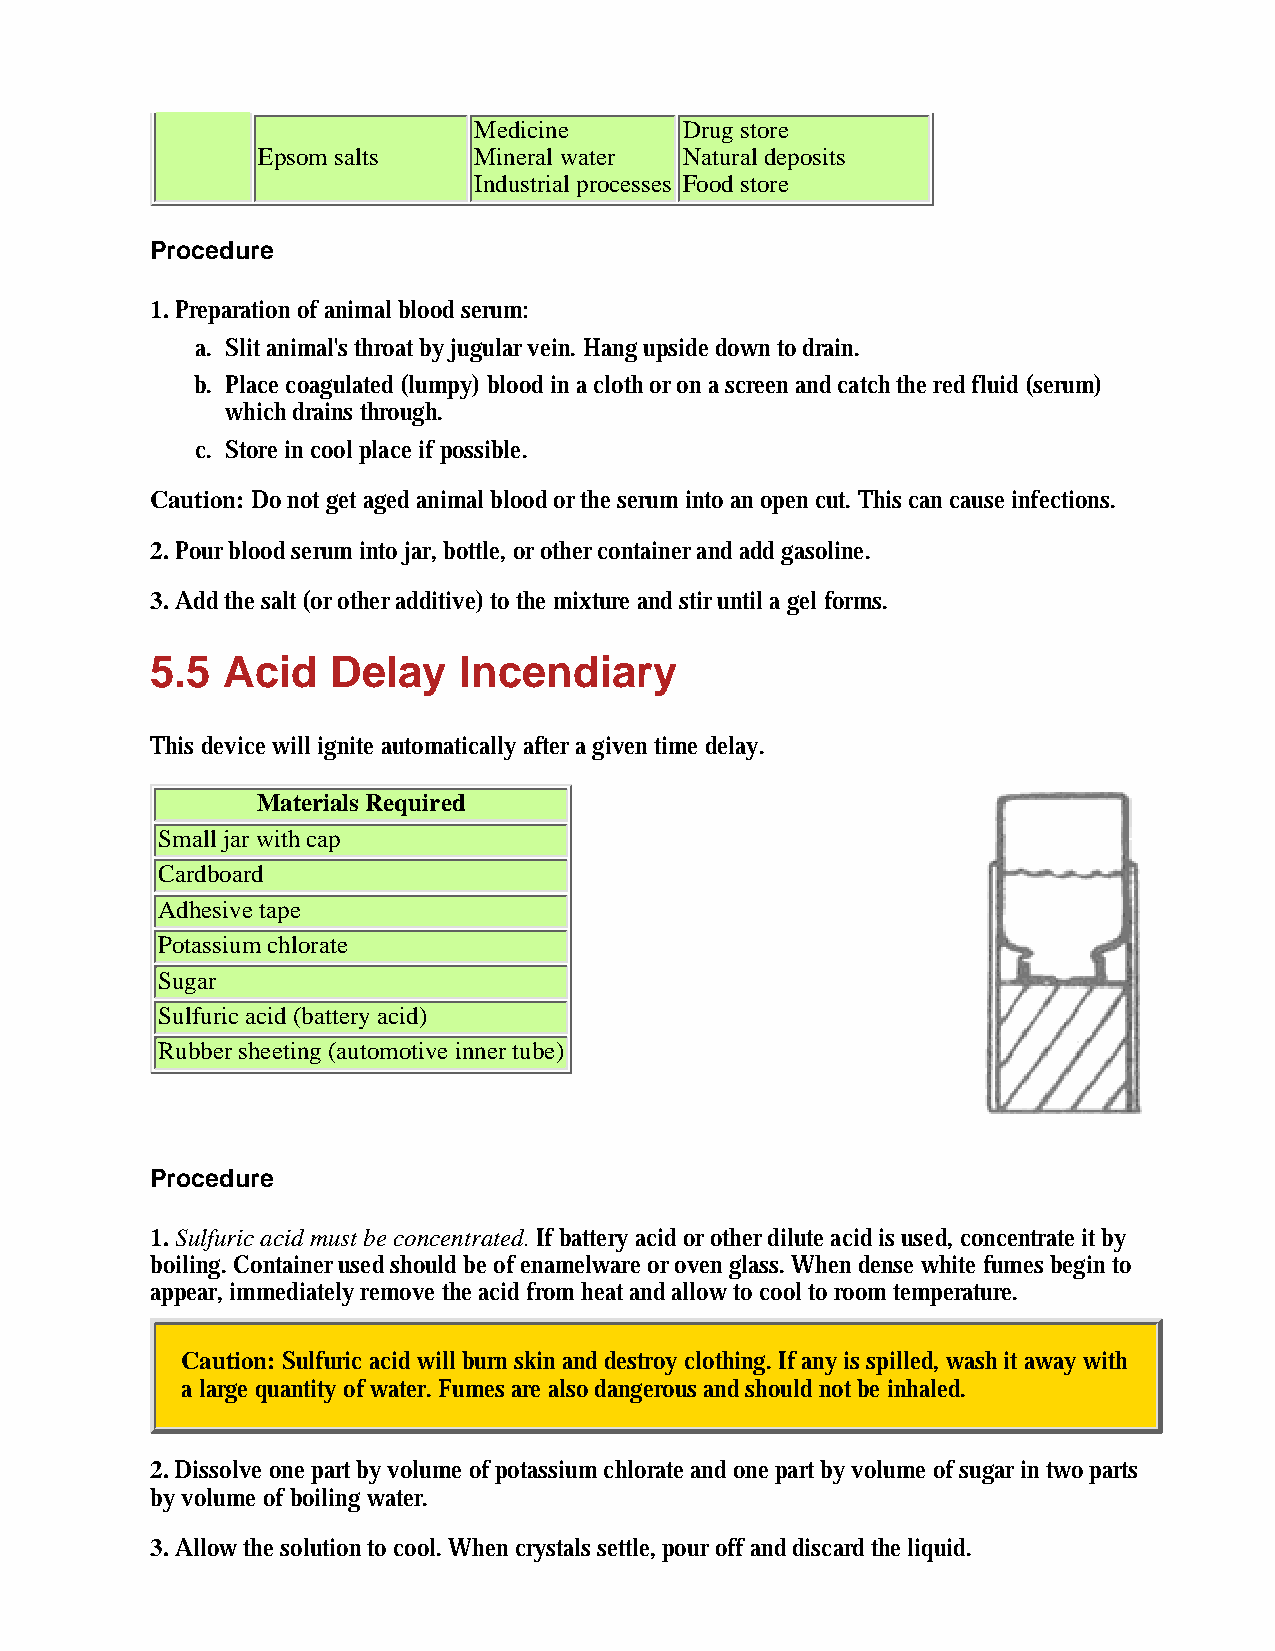
Medicine      Drug store
 Epsom salts   Mineral water Natural deposits
 Industrial processes Food store
 Procedure
 1. Preparation of animal blood serum:
 a. Slit animal's throat by jugular vein. Hang upside down to drain.
 b. Place coagulated (lumpy) blood in a cloth or on a screen and catch the red fluid (serum)
 which drains through.
 c. Store in cool place if possible.
 Caution: Do not get aged animal blood or the serum into an open cut. This can cause infections.
 2. Pour blood serum into jar, bottle, or other container and add gasoline.
 3. Add the salt (or other additive) to the mixture and stir until a gel forms.
 5.5  Acid   Delay   Incendiary
 This device will ignite automatically after a given time delay.
 Materials Required
 Small jar with cap
 Cardboard
 Adhesive tape
 Potassium chlorate
 Sugar
 Sulfuric acid (battery acid)
 Rubber sheeting (automotive inner tube)
 Procedure
 1. Sulfuric acid must be concentrated. If battery acid or other dilute acid is used, concentrate it by
 boiling. Container used should be of enamelware or oven glass. When dense white fumes begin to
 appear, immediately remove the acid from heat and allow to cool to room temperature.
 Caution: Sulfuric acid will burn skin and destroy clothing. If any is spilled, wash it away with
 a large quantity of water. Fumes are also dangerous and should not be inhaled.
 2. Dissolve one part by volume of potassium chlorate and one part by volume of sugar in two parts
 by volume of boiling water.
 3. Allow the solution to cool. When crystals settle, pour off and discard the liquid.